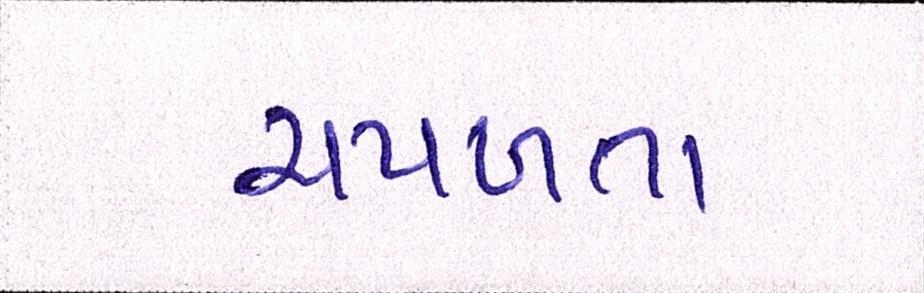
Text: ચપળતા